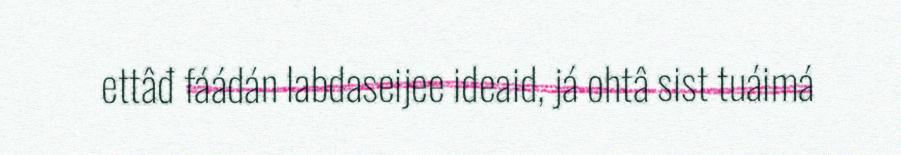
ettâđ fáádán labdaseijee ideaid, já ohtâ sist tuáimá